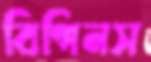
বিগিনস